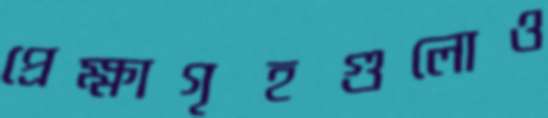
প্রেক্ষাগৃহগুলোও